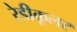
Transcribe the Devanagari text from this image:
रेडीकूलर